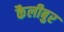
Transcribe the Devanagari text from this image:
कैलीबुर